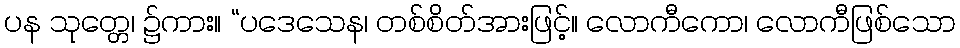
ပန သုတ္တေ၊ ၌ကား။ “ပဒေသေန၊ တစ်စိတ်အားဖြင့်။ လောကီကော၊ လောကီဖြစ်သော